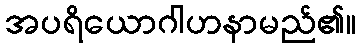
အပရိယောဂါဟနာမည်၏။